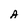
Character: A